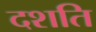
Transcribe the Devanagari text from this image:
दशति